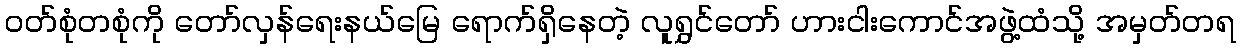
ဝတ်စုံတစုံကို တော်လှန်ရေးနယ်မြေ ရောက်ရှိနေတဲ့ လူရွှင်တော် ဟားငါးကောင်အဖွဲ့ထံသို့ အမှတ်တရ